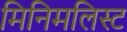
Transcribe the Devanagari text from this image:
मिनिमलिस्ट